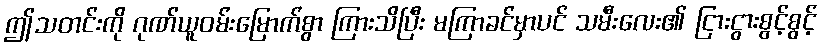
ဤသတင်းကို ဂုဏ်ယူဝမ်းမြောက်စွာ ကြားသိပြီး မကြာခင်မှာပင် သမီးလေး၏ ငြားငွားစွင့်စွင့်